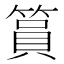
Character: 篔